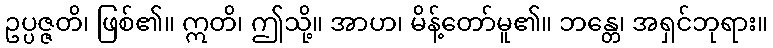
ဥပ္ပဇ္ဇတိ၊ ဖြစ်၏။ ဣတိ၊ ဤသို့။ အာဟ၊ မိန့်တော်မူ၏။ ဘန္တေ၊ အရှင်ဘုရား။